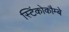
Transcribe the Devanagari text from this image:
स्टिंकोकौम्बे